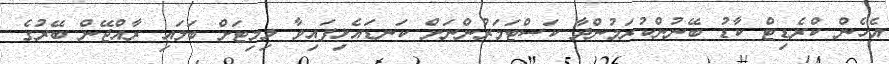
އެހެން ކްރެޑިޓް ކާޑު ބޭނުންކުރަމުންދާ ކަސްޓަމަރުންނަށް ކަނޑައެޅިފައިވާ ލިމިޓަށް ބަލައި ރާއްޖޭން ބޭރުގެ